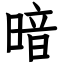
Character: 暗